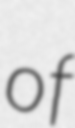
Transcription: of